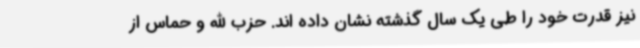
نیز قدرت خود را طی یک سال گذشته نشان داده اند. حزب الله و حماس از